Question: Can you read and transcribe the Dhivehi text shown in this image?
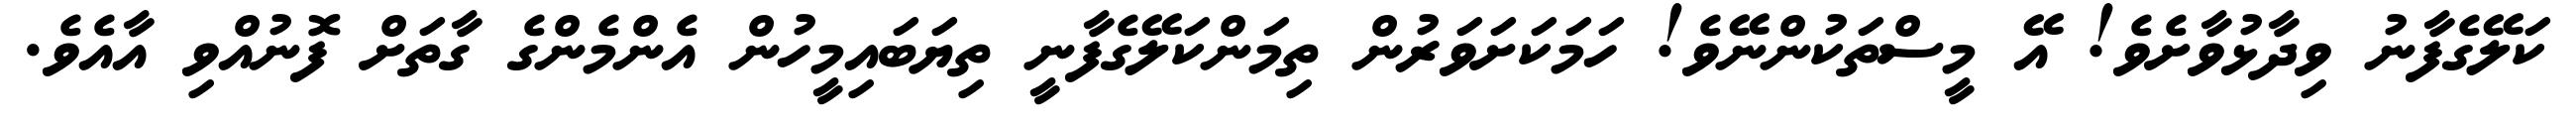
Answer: ކަލޭގެފާނު ވިދާޅުވާށެވެ! އޭ މީސްތަކުންނޭވެ! ހަމަކަށަވަރުން ތިމަންކަލޭގެފާނީ ތިޔަބައިމީހުން އެންމެންގެ ގާތަށް ފޮނުއްވި އާއެވެ.